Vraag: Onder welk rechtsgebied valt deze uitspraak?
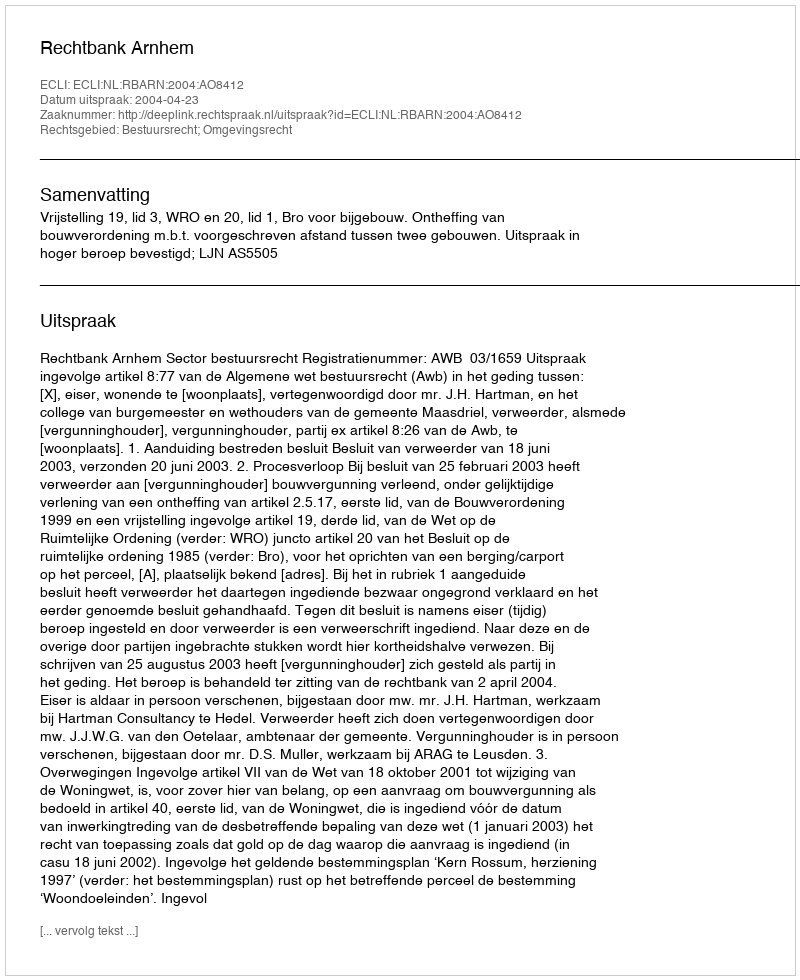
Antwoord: Bestuursrecht; Omgevingsrecht